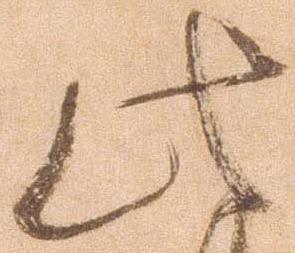
此